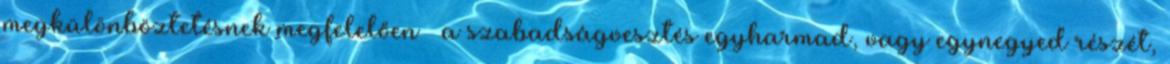
megkülönböztetésnek megfelelően – a szabadságvesztés egyharmad, vagy egynegyed részét,